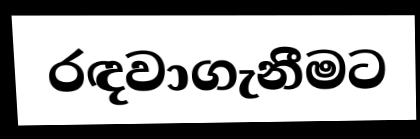
රඳවාගැනීමට